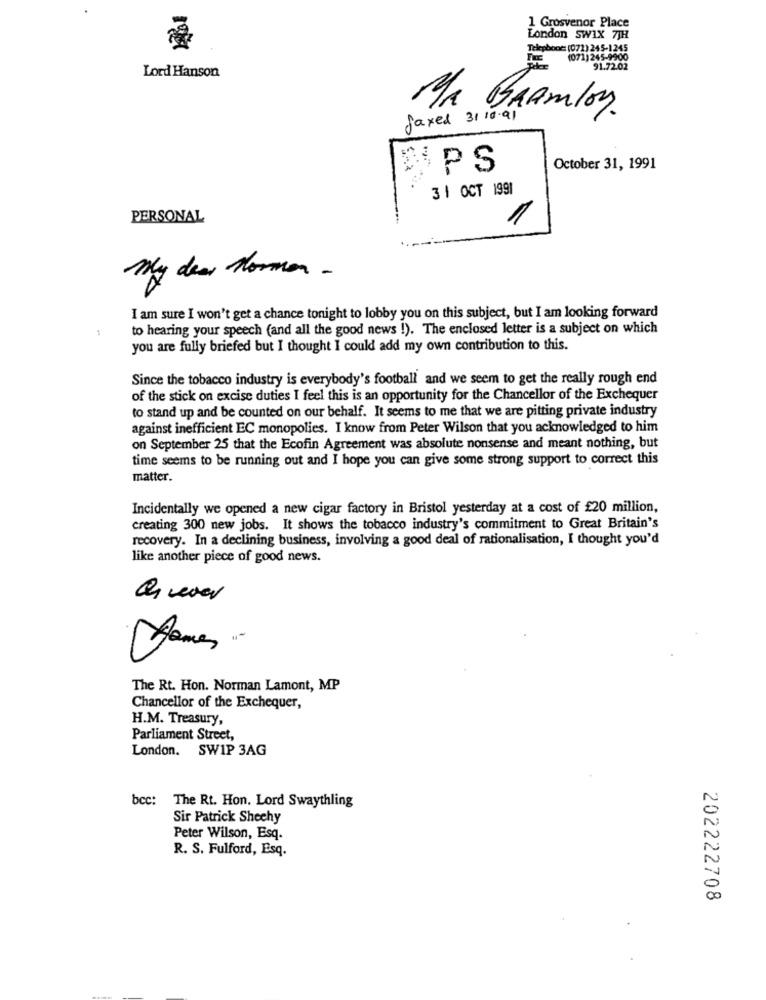
1 Grosvenor Place
London SWIX 7TH
Telephone: (072) 245-1245
(071)245-9900
91.72.02
Lord Hanson
faxed 31 10.91
MA BRAMlon.
SPS
October 31, 1991
31 OCT 1991
PERSONAL
1
My dear Norman -
I am sure I won't get a chance tonight to lobby you on this subject, but I am looking forward
to hearing your speech (and all the good news !). The enclosed letter is a subject on which
you are fully briefed but I thought I could add my own contribution to this.
Since the tobacco industry is everybody's football and we seem to get the really rough end
of the stick on excise duties I feel this is an opportunity for the Chancellor of the Exchequer
to stand up and be counted on our behalf. It seems to me that we are pitting private industry
against inefficient EC monopolies. I know from Peter Wilson that you acknowledged to him
on September 25 that the Ecofin Agreement was absolute nonsense and meant nothing, but
time seems to be running out and I hope you can give some strong support to correct this
matter.
Incidentally we opened a new cigar factory in Bristol yesterday at a cost of £20 million,
creating 300 new jobs. It shows the tobacco industry's commitment to Great Britain's
recovery. In a declining business, involving a good deal of rationalisation, I thought you'd
like another piece of good news.
Quedar
James-
The Rt. Hon. Norman Lamont, MP
Chancellor of the Exchequer,
H.M. Treasury,
Parliament Street,
London. SWIP 3AG
bcc: The Rt. Hon. Lord Swaythling
Sir Patrick Shechy
Peter Wilson, Esq.
R. S. Fulford, Esq.
202222708